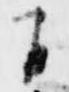
自